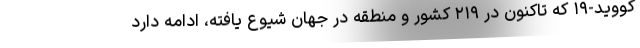
کووید-۱۹ که تاکنون در ۲۱۹ کشور و منطقه در جهان شیوع یافته، ادامه دارد